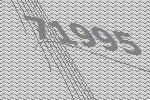
71995